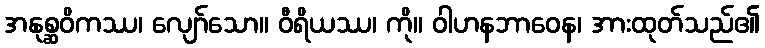
အနုစ္ဆဝိကဿ၊ လျော်သော။ ဝီရိယဿ၊ ကို။ ဝါဟနဘာဝေန၊ အားထုတ်သည်၏